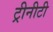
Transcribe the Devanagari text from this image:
ट्रीनीटी